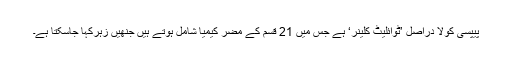
پیپسی کولا دراصل ’ٹوائلیٹ کلینر‘ ہے جس میں 21 قسم کے مضر کیمیا شامل ہوتے ہیں جنھیں زہرکہا جاسکتا ہے۔